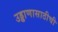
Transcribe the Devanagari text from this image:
उड्डाणासाठीची